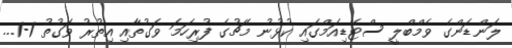
ލަންޑަންގެ ވެމްބްލީ ސްޓޭޑިއަމްގައި ކުޅުނު މެޗުގެ ފުރިހަމަ ވަގުތާއި އިތުރު ވަގުތު 1-1...